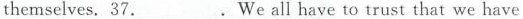
themselves，37._________.We all have to trust that we have